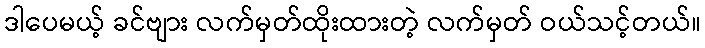
ဒါပေမယ့် ခင်ဗျား လက်မှတ်ထိုးထားတဲ့ လက်မှတ် ဝယ်သင့်တယ်။